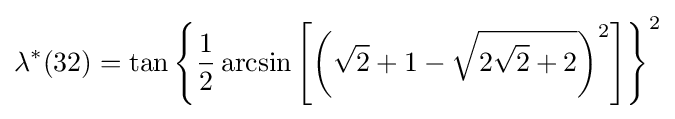
\lambda ^{*}(32)=\tan \left\{{\frac {1}{2}}\arcsin \left[\left({\sqrt {2}}+1-{\sqrt {2{\sqrt {2}}+2}}\right)^{2}\right]\right\}^{2}